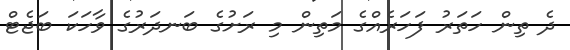
ދެ ތިން ހަތަރު ފަހަރެއްގެ މަތިން މި ރަށުގެ ބަނދަރުގެ ވާހަކަ ބަޖެޓް